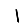
Digit: 1